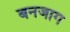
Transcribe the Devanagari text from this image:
बनजाग